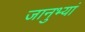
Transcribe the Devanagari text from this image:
जानुभ्यां